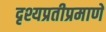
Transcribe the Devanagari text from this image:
दृश्यप्रतीप्रमाणे